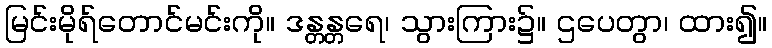
မြင်းမိုရ်တောင်မင်းကို။ ဒန္တန္တရေ၊ သွားကြား၌။ ဌပေတွာ၊ ထား၍။